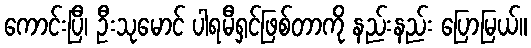
ကောင်းပြီ၊ ဦးသုမောင် ပါရမီရှင်ဖြစ်တာကို နည်းနည်း ပြောမြယ်။